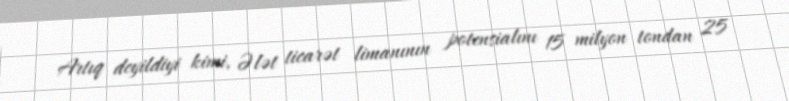
Artıq deyildiyi kimi, Ələt ticarət limanının potensialını 15 milyon tondan 25